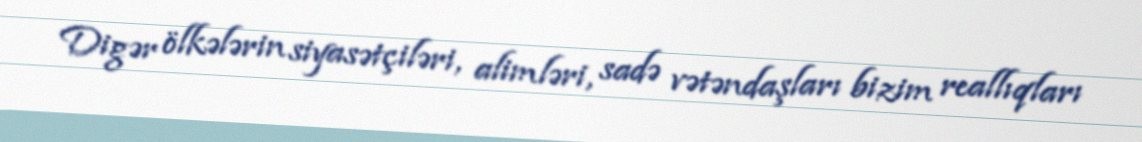
Digər ölkələrin siyasətçiləri, alimləri, sadə vətəndaşları bizim reallıqları